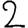
Digit: 2